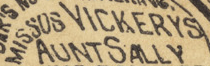
MISSOS VICKERYS